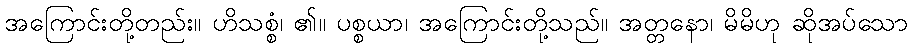
အကြောင်းတို့တည်း။ ဟိသစ္စံ၊ ၏။ ပစ္စယာ၊ အကြောင်းတို့သည်။ အတ္တနော၊ မိမိဟု ဆိုအပ်သော